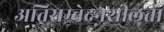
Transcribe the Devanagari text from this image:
अतिसम्वेदनशीलता